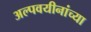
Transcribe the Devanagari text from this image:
अल्पवयीनांच्या